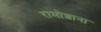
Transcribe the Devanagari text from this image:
रामोशाना